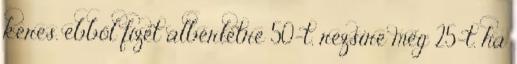
keres. ebből fizet albérletre 50-t, rezsire még 25-t. ha